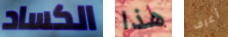
الكساد هذا أعرف